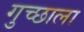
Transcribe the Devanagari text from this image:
गुच्छाला